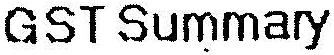
GST SUMMARY